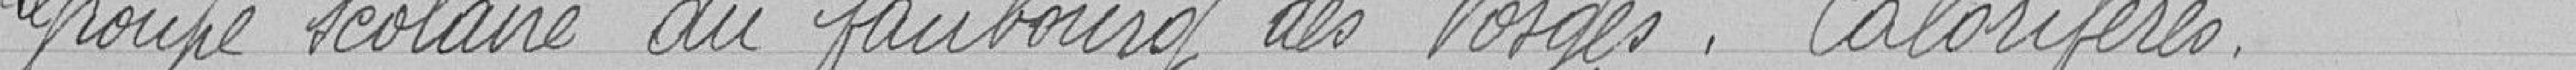
Groupe scolaire du faubourg des Vosges. Calorifères